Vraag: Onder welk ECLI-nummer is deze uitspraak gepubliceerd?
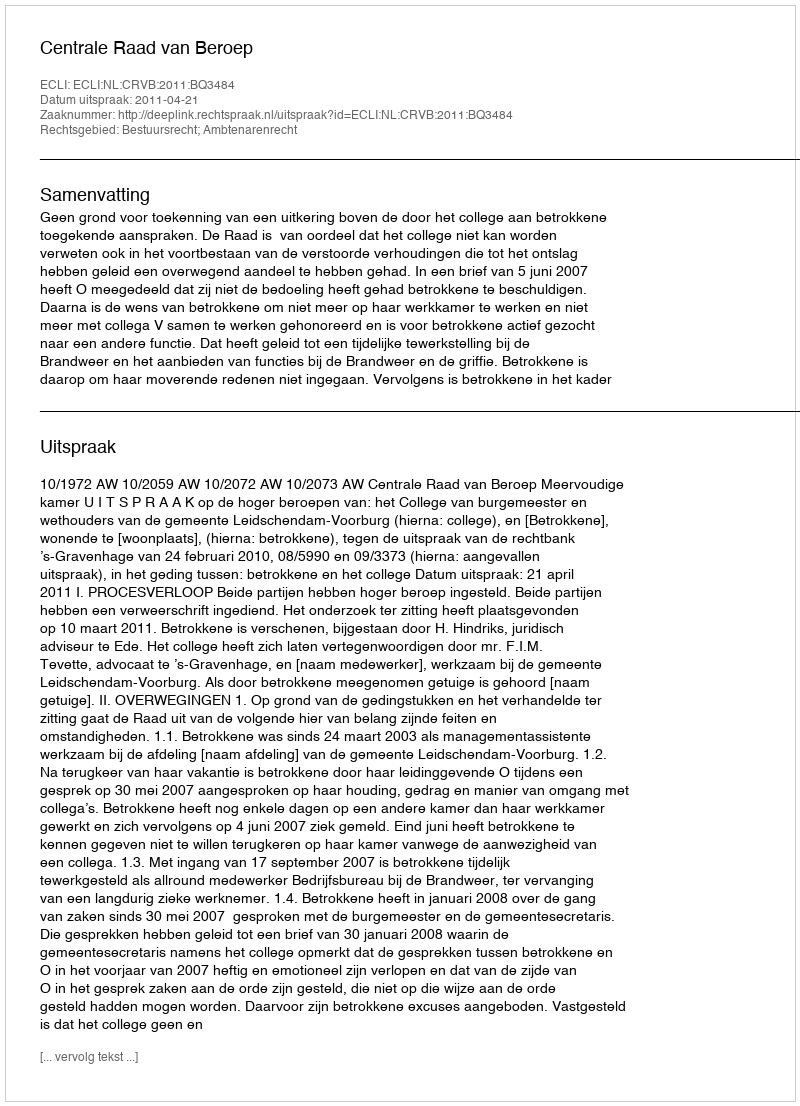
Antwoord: ECLI:NL:CRVB:2011:BQ3484